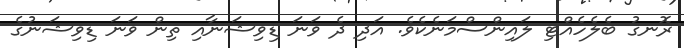
ރޮނގު ބެލެހެއްޓި ލައިންސްމަނެކެވެ. އަދި ދެ ވަނަ ޑިވިޝަނާއި ތިން ވަނަ ޑިވިޝަނުގެ